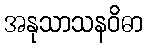
အနုသာသနဝိဓာ